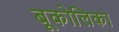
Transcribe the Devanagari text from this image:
बूकोलिका